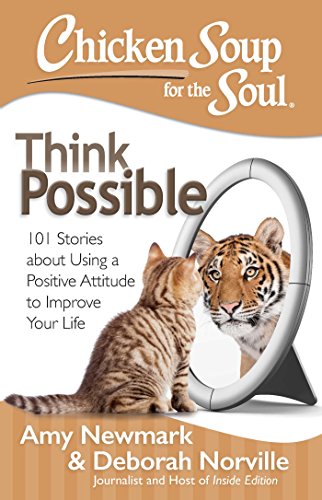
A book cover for Chicken Soup for the Soul: Think Possible: 101 Stories about Using a Positive Attitude to Improve Your Life; Amy Newmark; Self-Help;